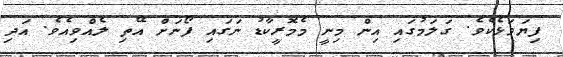
ފިޔަވަޅެކެވެ. ގަލަމުގައި އިން މިނީ މެމޮރީކާޑު ނަގައި ފޯނަށް އޭތި ލެއްވިއެވެ. އަދި